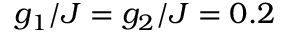
g _ { 1 } / J = g _ { 2 } / J = 0 . 2